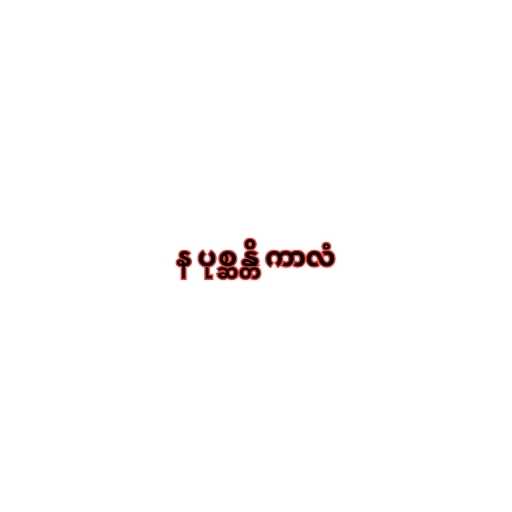
န ပုစ္ဆန္တိ ကာလံ